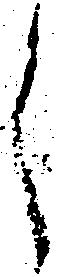
之